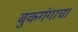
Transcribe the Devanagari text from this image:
बुकगंगाचा